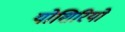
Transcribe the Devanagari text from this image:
योशिरियो